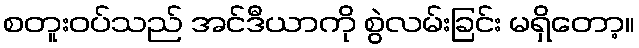
စတူးဝပ်သည် အင်ဒီယာကို စွဲလမ်းခြင်း မရှိတော့။